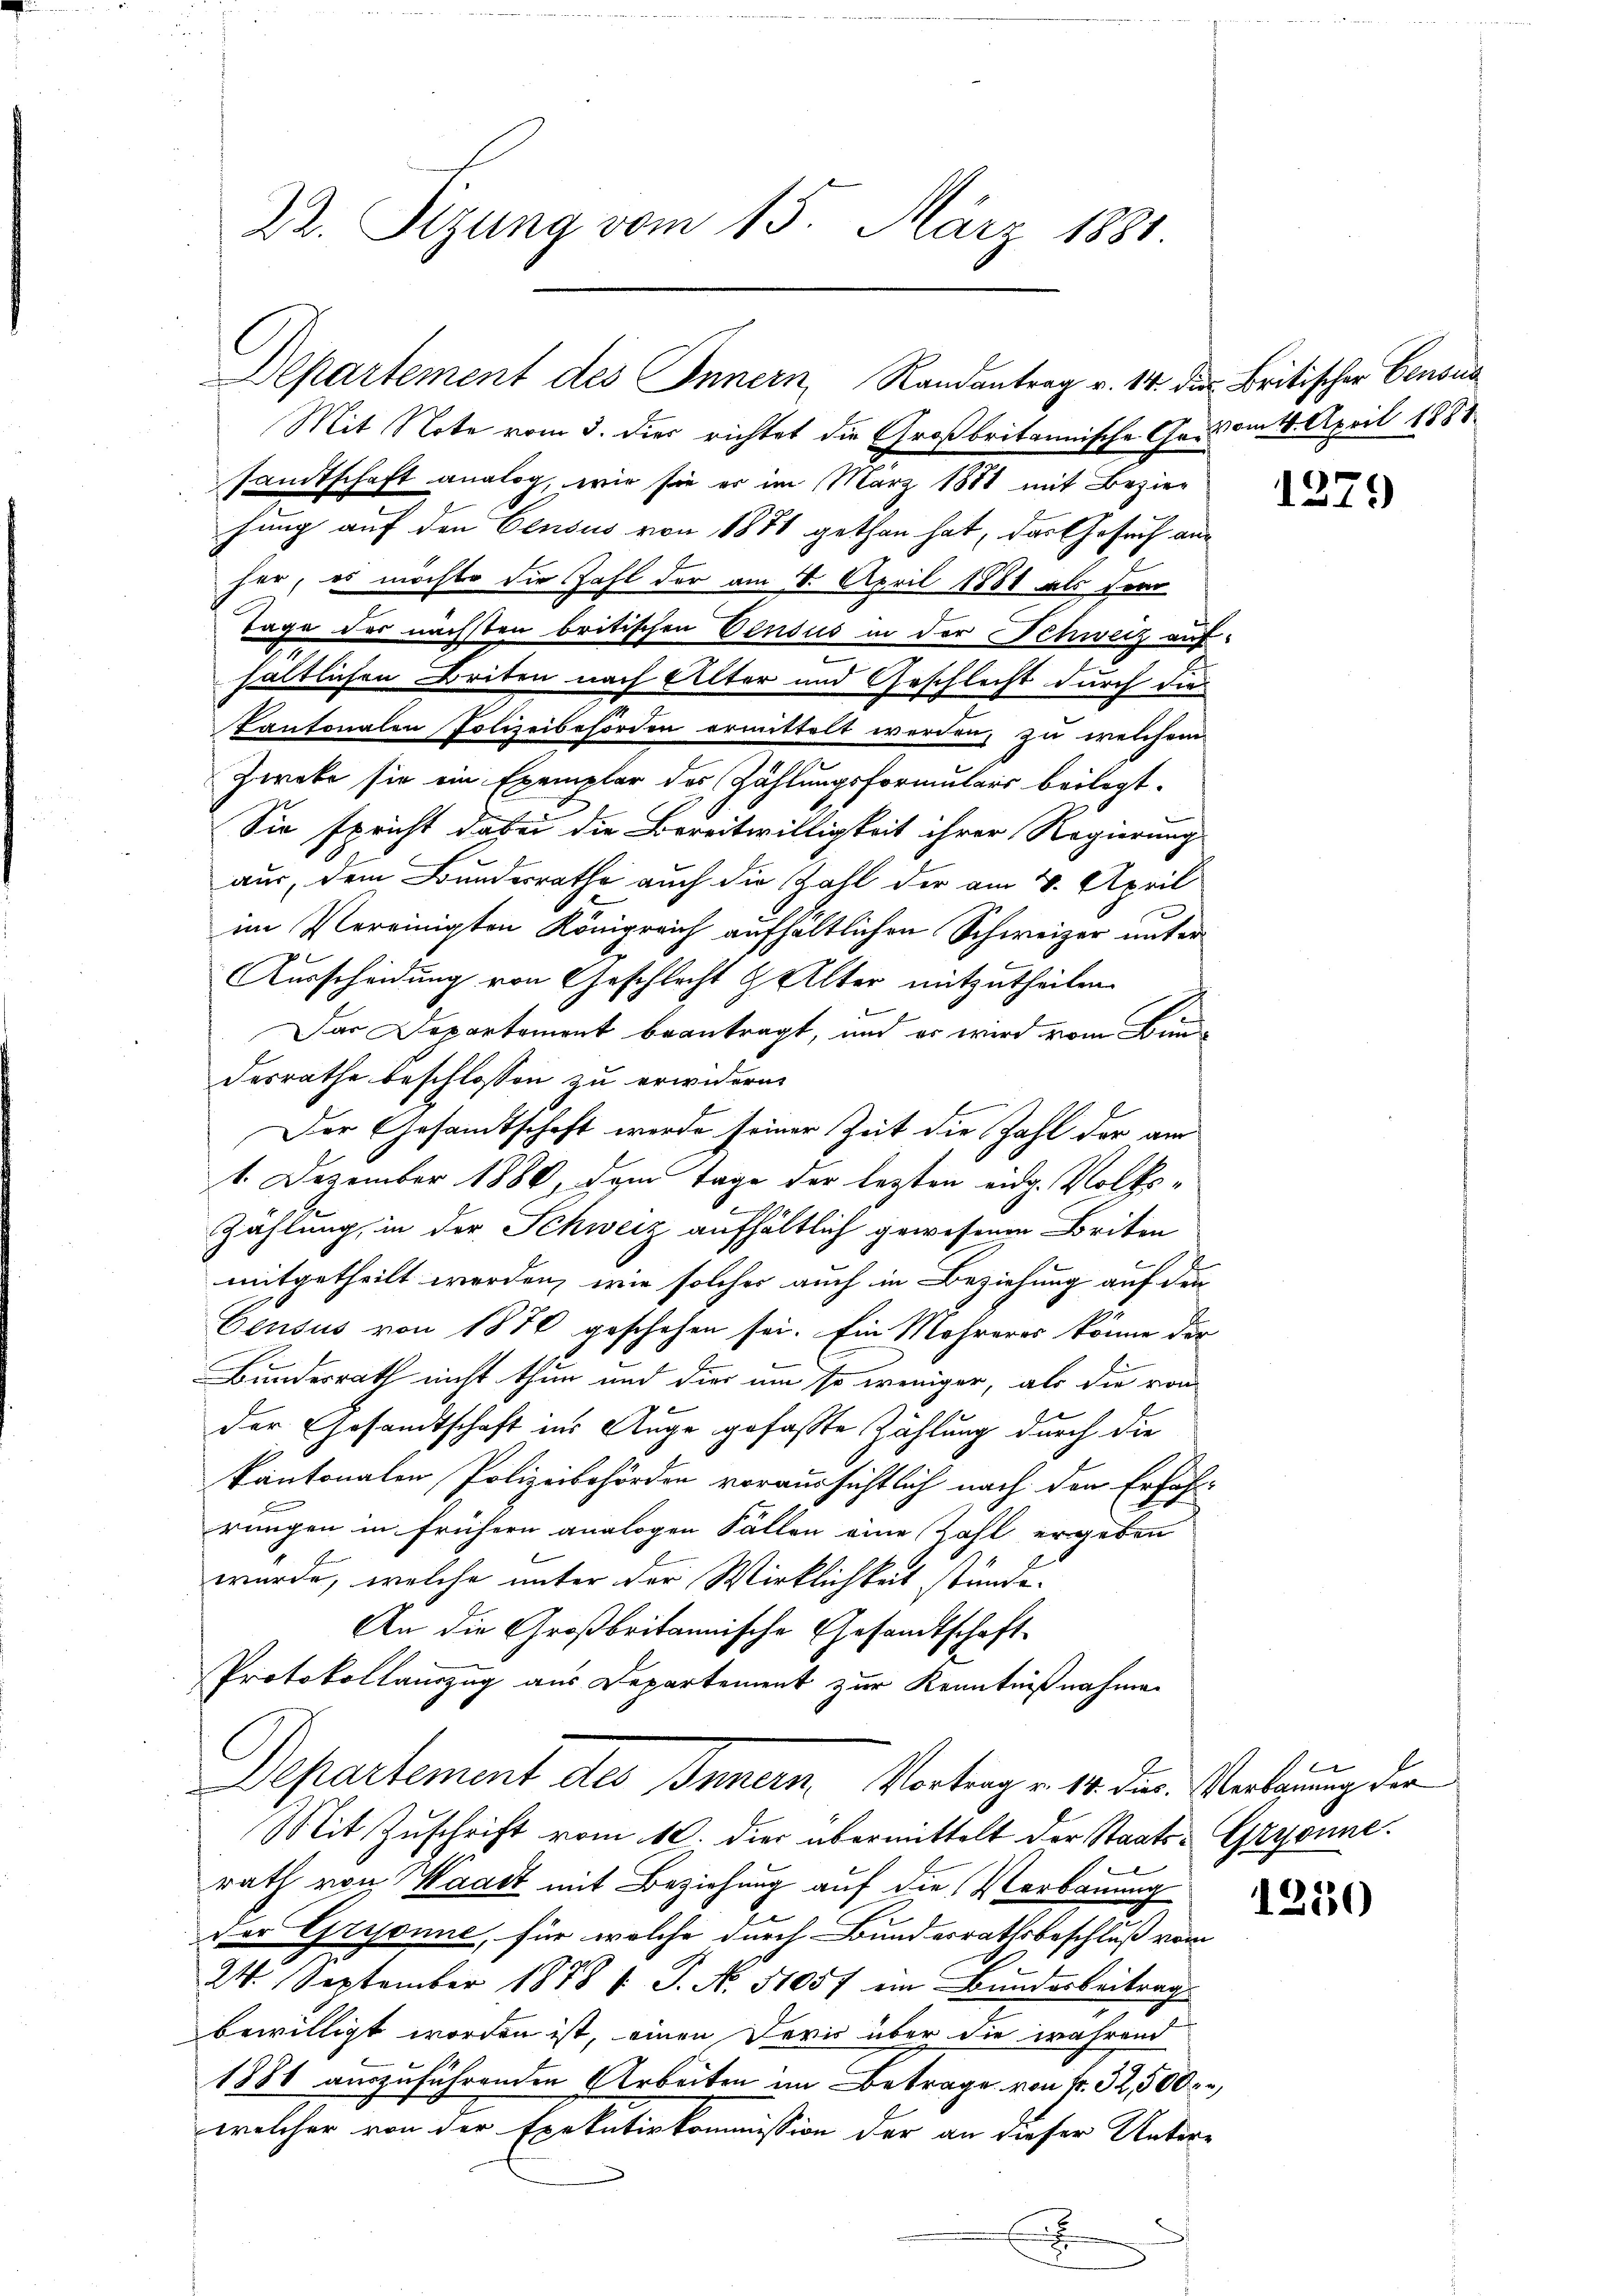
sandtschaft analog, wie sie er im März 1881 mit Beziehung auf den Census von 1871 gethan hat, das Gesuch aus
her, es möchte die Zahl der am 1. April 1881 als dem
Tage der nächsten britischen Census in der Schweiz aufhältlichen Briten nach Elter und Geschlecht durch die
kantonalen Polizeibehörden ermittelt werden, zu welchem
Zweke sie ein Exemplar des Zählungsformulars beilegt.
Sie spricht dabei die Bereitwilligkeit ihrer Regierung
aus, dem Bundesrathe auch die Zahl der am 4. April
im Vereinigten Königreich aufhältlichen Schweizer unter
Ausscheidung von Geschlecht & Alter mitzutheilen.
Das Departement beantragt, und er wird vom Bunde
desrathe beschlossen zu erwidern.
Der Gesamtschaft werde seiner Zeit die Zahl der am
1. Dezember 1880, dem Tage der lezten eidg. Volks¬
Zählung, in der Schweiz aufhältlich gewesenen Briten
mitgetheilt werden, wie solches auch in Beziehung auf den
Census von 1870 geschehen sei. Ein Mehreres könne der
Bunderrath nicht thun und dies um so weniger, als die von
der Gesandtschaft ins Auge gefaßte Zählung durch die
kantonalen Polizeibehörden voraussichtlich nach den Erfahrrungen in frühern analogen Fällen eine Zahl ergeben
wurde, welche unter der Wirklichkeit stünde.
An die Großbritannische Gesandtschaft
Protokollauszug aus Departement zur Kenntnißnahmen
Departement des Innern Vortrag v. 10. Jur. Verbauung der
Mit Zuschrift vom 10. die übermittelt der Staats-Gryonne.
rath von Waadt mit Beziehung auf die Verbauung
der Grisonne, für welche durch Bundesrathsbeschluß vom
24. September 1888 1: P. No. 51057 ein Bundesbeitrag
bewilligt worden ist, einen Devis über die während
1886 auszuführenden Arbeiten im Betrage von fr. 32,500,
welcher von der Exekutivkommission der an dieser Unter-
x

22. Sitzung vom 15. März 1881.

Departement des Innern, Randantrag v. 14 der Britischer Censua
Mit Note vom 3. die richtet die Großbritannische Gr. vom 4. April 1881

1279

1250